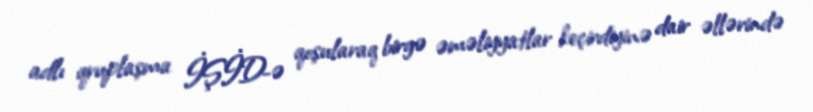
adlı qruplaşma İŞİD-ə qoşularaq birgə əməliyyatlar keçirdiyinə dair əllərində